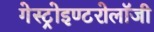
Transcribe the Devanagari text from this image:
गेस्ट्रोइण्टरोलॉजी